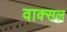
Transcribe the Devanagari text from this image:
वाक्‍सल